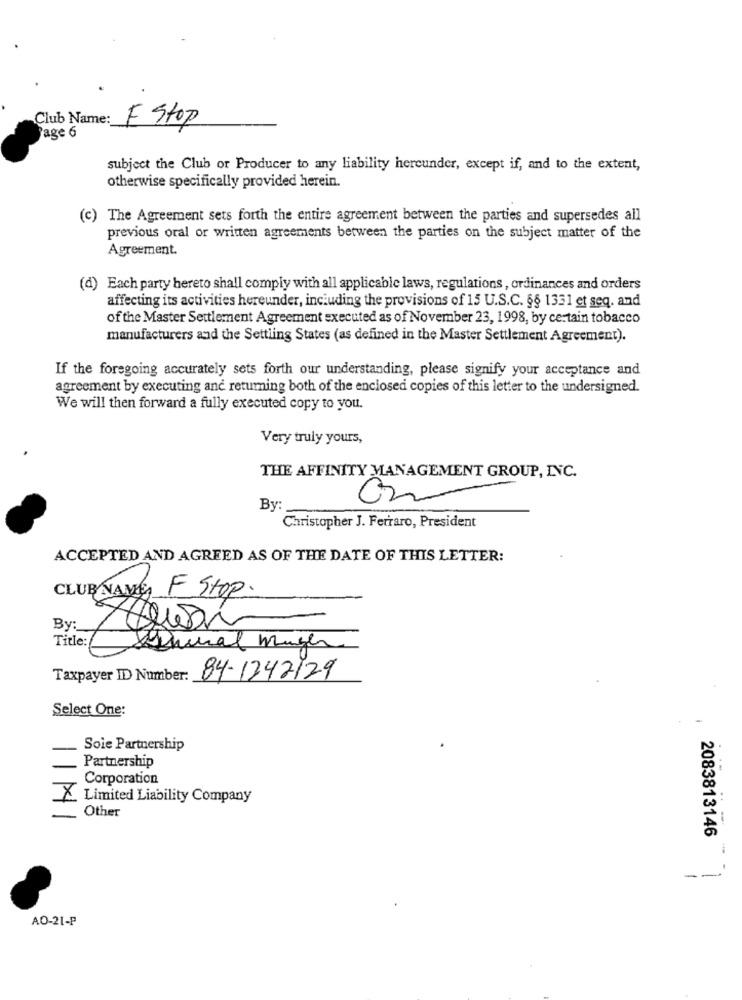
Club Name:
F Stop
Page 6
subject the Club or Producer to any liability hereunder, except if, and to the extent,
otherwise specifically provided herein.
(c) The Agreement sets forth the entire agreement between the parties and supersedes all
previous oral or written agreements between the parties on the subject matter of the
Agreement.
(d) Each party hereto shall comply with all applicable laws, regulations, ordinances and orders
affecting its activities hereunder, including the provisions of 15 U.S.C. §§ 1331 et seq. and
of the Master Settlement Agreement executed as of November 23, 1998, by certain tobacco
manufacturers and the Settling States (as defined in the Master Settlement Agreement).
If the foregoing accurately sets forth our understanding, please signify your acceptance and
agreement by executing anc returning both of the enclosed copies of this letter to the undersigned.
We will then forward a fully executed copy to you.
Very truly yours,
THE AFFINITY MANAGEMENT GROUP, INC.
By
Christopher J. Ferraro, President
ACCEPTED AND AGREED AS OF THE DATE OF THIS LETTER:
CLUB NAME F Stop.
By:
Title:
Lesnural Munger
Taxpayer IDD Number:
84-1242129
Select One:
Soie Partnership
Partnership
Corporation
X. Limited Liability Company
Other
2083813146
--
AO-21-P